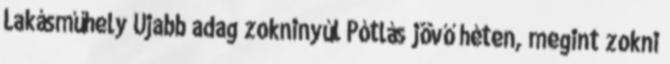
Lakásműhely Újabb adag zokninyúl Pótlás jövő héten, megint zokni